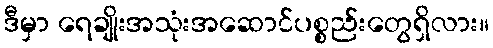
ဒီမှာ ရေချိုးအသုံးအဆောင်ပစ္စည်းတွေရှိလား။